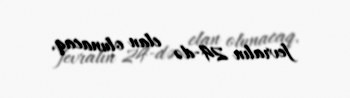
fevralın 24-də elan olunacaq.